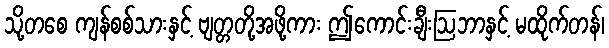
သို့တစေ ကျန်စစ်သားနှင့် ဗျတ္တတို့အဖို့ကား ဤကောင်းချီးဩဘာနှင့် မထိုက်တန်၊